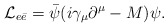
\begin{align*}{\cal L}_{e\bar{e}} = \bar{\psi}(i\gamma_\mu\partial^\mu - M)\psi.\end{align*}